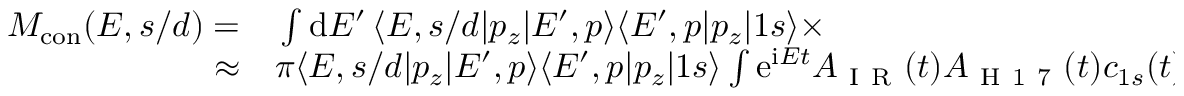
\begin{array} { r l } { M _ { \mathrm { { c o n } } } ( E , s / d ) = } & { { } \int \mathrm d E ^ { \prime } \, \langle E , s / d | p _ { z } | E ^ { \prime } , p \rangle \langle E ^ { \prime } , p | p _ { z } | 1 s \rangle \times } \\ { \approx } & { { } \pi \langle E , s / d | p _ { z } | E ^ { \prime } , p \rangle \langle E ^ { \prime } , p | p _ { z } | 1 s \rangle \int \mathrm e ^ { \mathrm i E t } A _ { \mathrm { ~ I ~ R ~ } } ( t ) A _ { \mathrm { ~ H ~ 1 ~ 7 ~ } } ( t ) c _ { 1 s } ( t ) \, \mathrm d t . } \end{array}